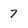
Character: 7